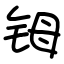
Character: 𬭁